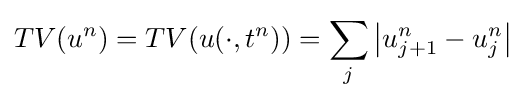
TV(u^{n})=TV(u(\cdot ,t^{n}))=\sum _{j}\left|u_{j+1}^{n}-u_{j}^{n}\right|